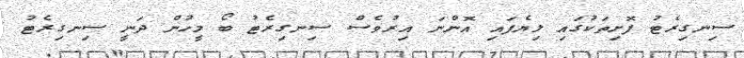
ސިނގިރެޓު ފޮށިތަކުގައި ލިޔެފައި އޮންނަ އިރުވެސް ސިނގިރެޓު ބޯ މީހުން ދަނީ ސިނގިރެޓު